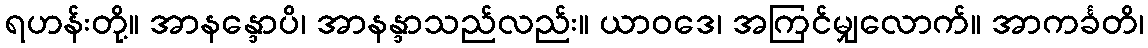
ရဟန်းတို့။ အာနန္ဒောပိ၊ အာနန္ဒာသည်လည်း။ ယာဝဒေ၊ အကြင်မျှလောက်။ အာကင်္ခတိ၊